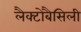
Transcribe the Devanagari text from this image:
लैक्टोबैसिली